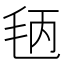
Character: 𱥞